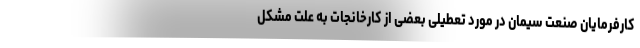
کارفرمایان صنعت سیمان در مورد تعطیلی بعضی از کارخانجات به علت مشکل